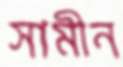
সামীন